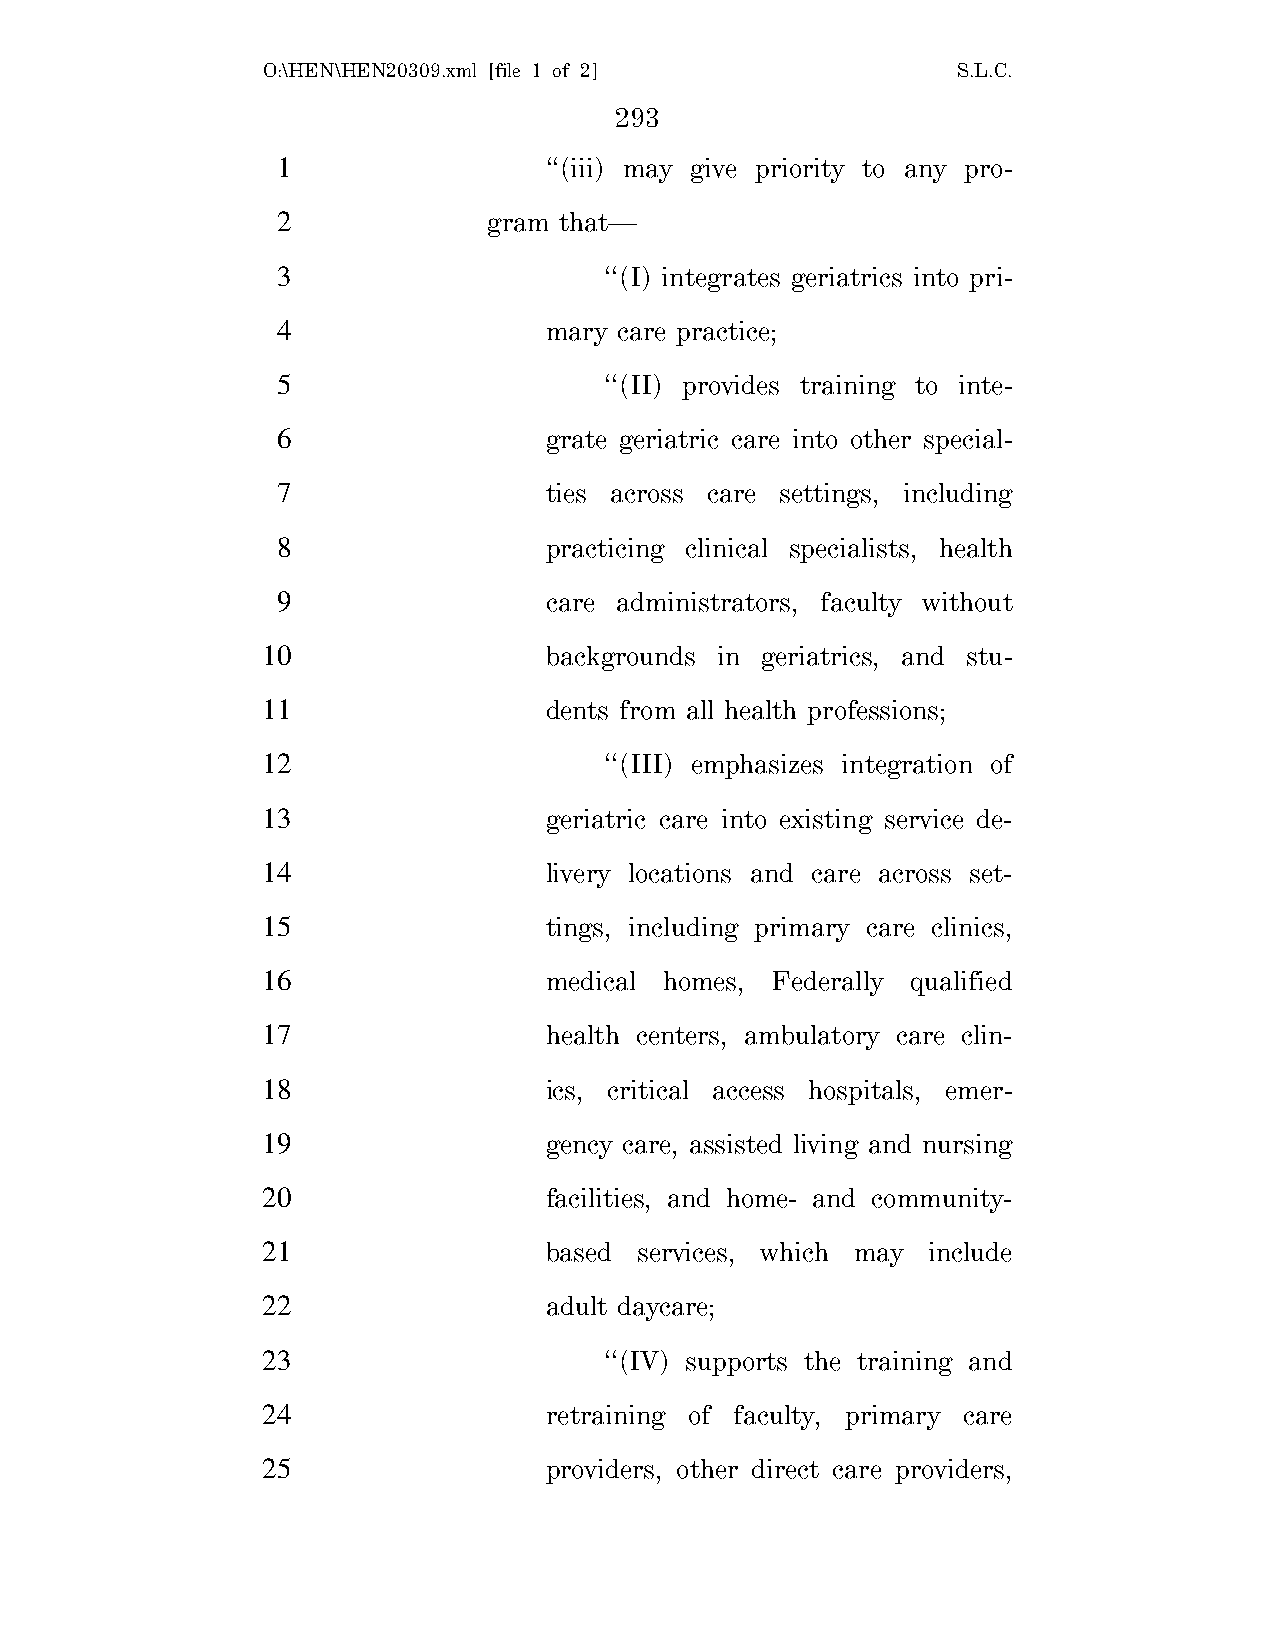
O:\HEN\HEN20309.xml [file 1 of 2]             S.L.C.
 293
 1                 ‘‘(iii) may give priority to any pro-
 2             gram that—
 3                     ‘‘(I) integrates geriatrics into pri-
 4                 mary care practice;
 5                     ‘‘(II) provides training to inte-
 6                 grate geriatric care into other special-
 7                 ties across care settings, including
 8                 practicing clinical specialists, health
 9                 care administrators, faculty without
 10                 backgrounds in geriatrics, and stu-
 11                 dents from all health professions;
 12                     ‘‘(III) emphasizes integration of
 13                 geriatric care into existing service de-
 14                 livery locations and care across set-
 15                 tings, including primary care clinics,
 16                 medical homes, Federally qualified
 17                 health centers, ambulatory care clin-
 18                 ics, critical access hospitals, emer-
 19                 gency care, assisted living and nursing
 20                 facilities, and home- and community-
 21                 based services, which may include
 22                 adult daycare;
 23                     ‘‘(IV) supports the training and
 24                 retraining of faculty, primary care
 25                 providers, other direct care providers,